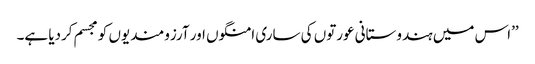
’’اس میں ہندوستانی عورتوں کی ساری امنگوں اور آرزومندیوں کو مجسم کردیا ہے۔